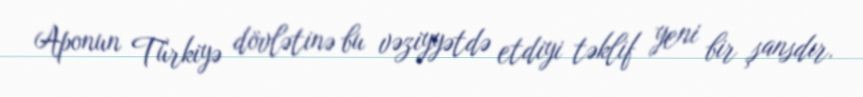
Aponun Türkiyə dövlətinə bu vəziyyətdə etdiyi təklif yeni bir şansdır.